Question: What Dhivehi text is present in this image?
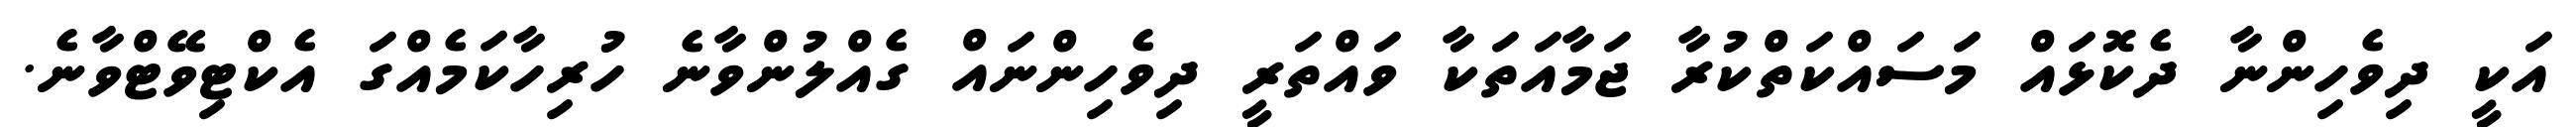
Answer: އަކީ ދިވެހިންނާ ދެކޮޅައް މަސައްކަތްކުރާ ޖަމާއަތަކާ ވައްތަރީ ދިވެހިންނައް ގެއްލުންވާނެ ހުރިހާކަމެއްގަ އެކްޓިވޭޓްވާނެ.